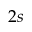
2 s